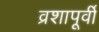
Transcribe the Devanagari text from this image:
व्रशापूर्वी